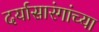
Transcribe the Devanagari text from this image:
दर्यासारंगांच्या